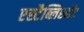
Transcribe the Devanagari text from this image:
एस्टैब्लिश्मेंट